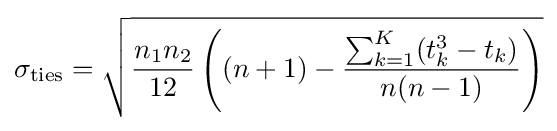
\sigma _{\text{ties}}={\sqrt {{n_{1}n_{2} \over 12}\left((n+1)-{\sum _{k=1}^{K}(t_{k}^{3}-t_{k}) \over n(n-1)}\right)}}